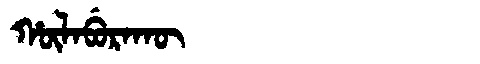
Manchu: ᡥᡡᠯᠠᠪᡠᡵᠠᡴᡡ
Romanization: HŪLABURAKŪ